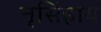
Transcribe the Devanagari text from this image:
नृसिंहाय